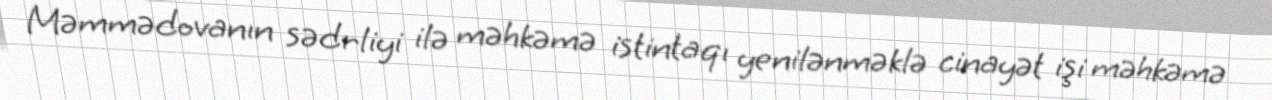
Məmmədovanın sədrliyi ilə məhkəmə istintaqı yenilənməklə cinayət işi məhkəmə